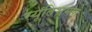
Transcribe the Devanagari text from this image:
स्यूतिभ्रूमण